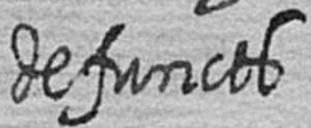
defuncts